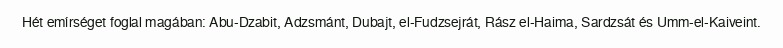
Hét emírséget foglal magában: Abu-Dzabit, Adzsmánt, Dubajt, el-Fudzsejrát, Rász el-Haima, Sardzsát és Umm-el-Kaiveint.